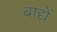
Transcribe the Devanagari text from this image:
बाद्यें